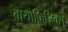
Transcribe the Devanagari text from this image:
बायोफ़िज़िक्स